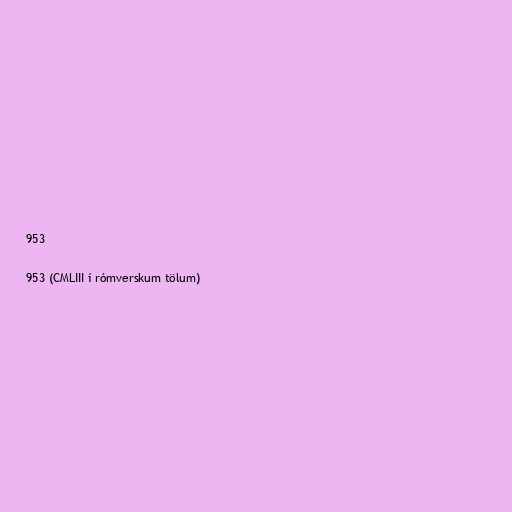
953

953 (CMLIII í rómverskum tölum)